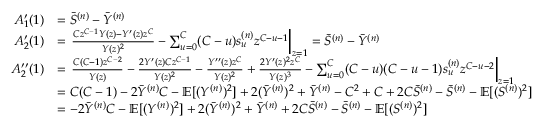
\begin{array} { r l } { A _ { 1 } ^ { \prime } ( 1 ) } & { = \Bar { S } ^ { ( n ) } - \Bar { Y } ^ { ( n ) } } \\ { A _ { 2 } ^ { \prime } ( 1 ) } & { = \left. \frac { C z ^ { C - 1 } Y ( z ) - Y ^ { \prime } ( z ) z ^ { C } } { Y ( z ) ^ { 2 } } - \sum _ { u = 0 } ^ { C } ( C - u ) s _ { u } ^ { ( n ) } z ^ { C - u - 1 } \right\vert _ { z = 1 } = \Bar { S } ^ { ( n ) } - \Bar { Y } ^ { ( n ) } } \\ { A _ { 2 } ^ { \prime \prime } ( 1 ) } & { = \left. \frac { C { ( C - 1 ) } z ^ { C - 2 } } { Y ( z ) } - \frac { 2 Y ^ { \prime } ( z ) C z ^ { C - 1 } } { Y ( z ) ^ { 2 } } - \frac { Y ^ { \prime \prime } ( z ) z ^ { C } } { Y ( z ) ^ { 2 } } + \frac { 2 Y ^ { \prime } ( z ) ^ { 2 } z ^ { C } } { Y ( z ) ^ { 3 } } - \sum _ { u = 0 } ^ { C } ( C - u ) ( C - u - 1 ) s _ { u } ^ { ( n ) } z ^ { C - u - 2 } \right\vert _ { z = 1 } } \\ & { = C ( C - 1 ) - 2 \Bar { Y } ^ { ( n ) } C - \mathbb { E } [ ( { Y } ^ { ( n ) } ) ^ { 2 } ] + 2 ( \Bar { Y } ^ { ( n ) } ) ^ { 2 } + \Bar { Y } ^ { ( n ) } - C ^ { 2 } + C + 2 C \Bar { S } ^ { ( n ) } - \Bar { S } ^ { ( n ) } - \mathbb { E } [ ( S ^ { ( n ) } ) ^ { 2 } ] } \\ & { = - 2 \Bar { Y } ^ { ( n ) } C - \mathbb { E } [ ( { Y } ^ { ( n ) } ) ^ { 2 } ] + 2 ( \Bar { Y } ^ { ( n ) } ) ^ { 2 } + \Bar { Y } ^ { ( n ) } + 2 C \Bar { S } ^ { ( n ) } - \Bar { S } ^ { ( n ) } - \mathbb { E } [ ( S ^ { ( n ) } ) ^ { 2 } ] } \end{array}